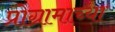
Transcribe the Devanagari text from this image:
प्रोग्रामाच्या